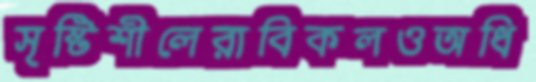
সৃষ্টিশীলেরাবিকলওঅধি